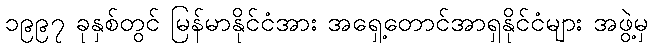
၁၉၉၇ ခုနှစ်တွင် မြန်မာနိုင်ငံအား အရှေ့တောင်အာရှနိုင်ငံများ အဖွဲ့မှ